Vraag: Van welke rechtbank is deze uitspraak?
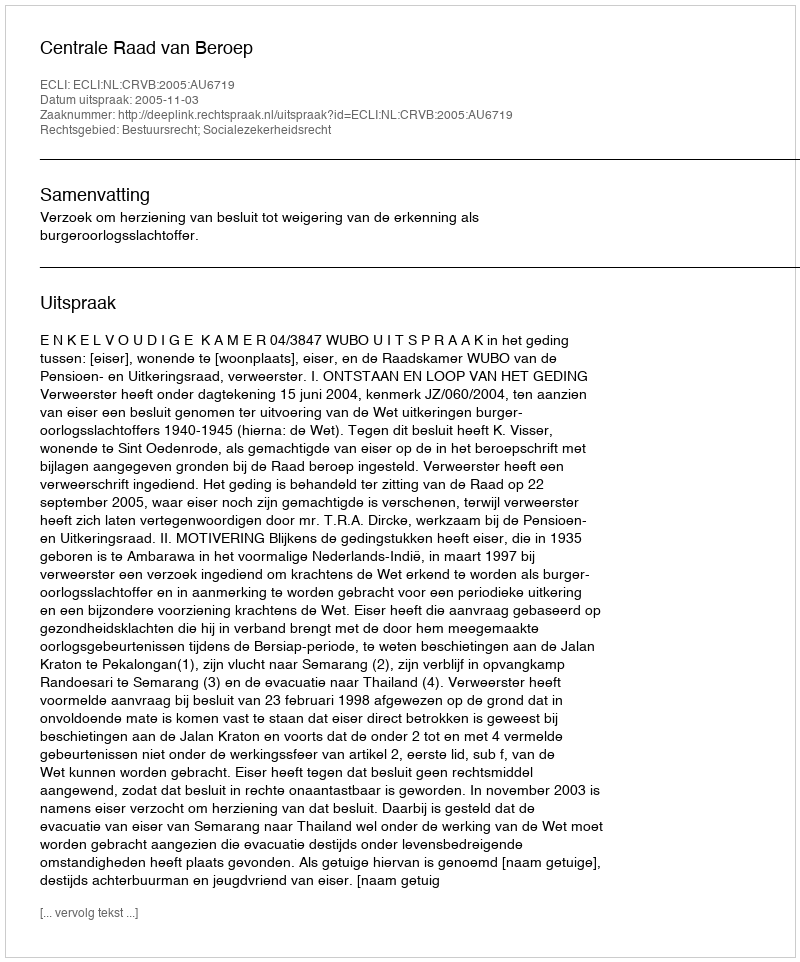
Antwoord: Centrale Raad van Beroep